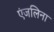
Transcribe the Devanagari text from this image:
एंजलिना